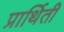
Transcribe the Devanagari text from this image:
प्रार्थिती